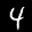
Label: 4